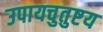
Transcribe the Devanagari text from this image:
उपायचुतुष्टय